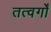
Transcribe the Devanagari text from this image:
तत्वर्गों